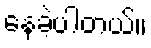
နေခဲ့ပါတယ်။